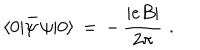
\langle 0 | \bar { \psi } \, \psi | 0 \rangle \, = \, - \, \frac { | e B | } { 2 \pi } \, \, .